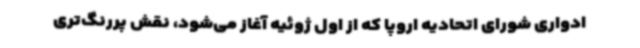
ادواری شورای اتحادیه اروپا که از اول ژوئیه آغاز می‌شود، نقش پررنگ‌تری